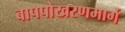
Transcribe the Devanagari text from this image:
बापपोखरणमार्गे